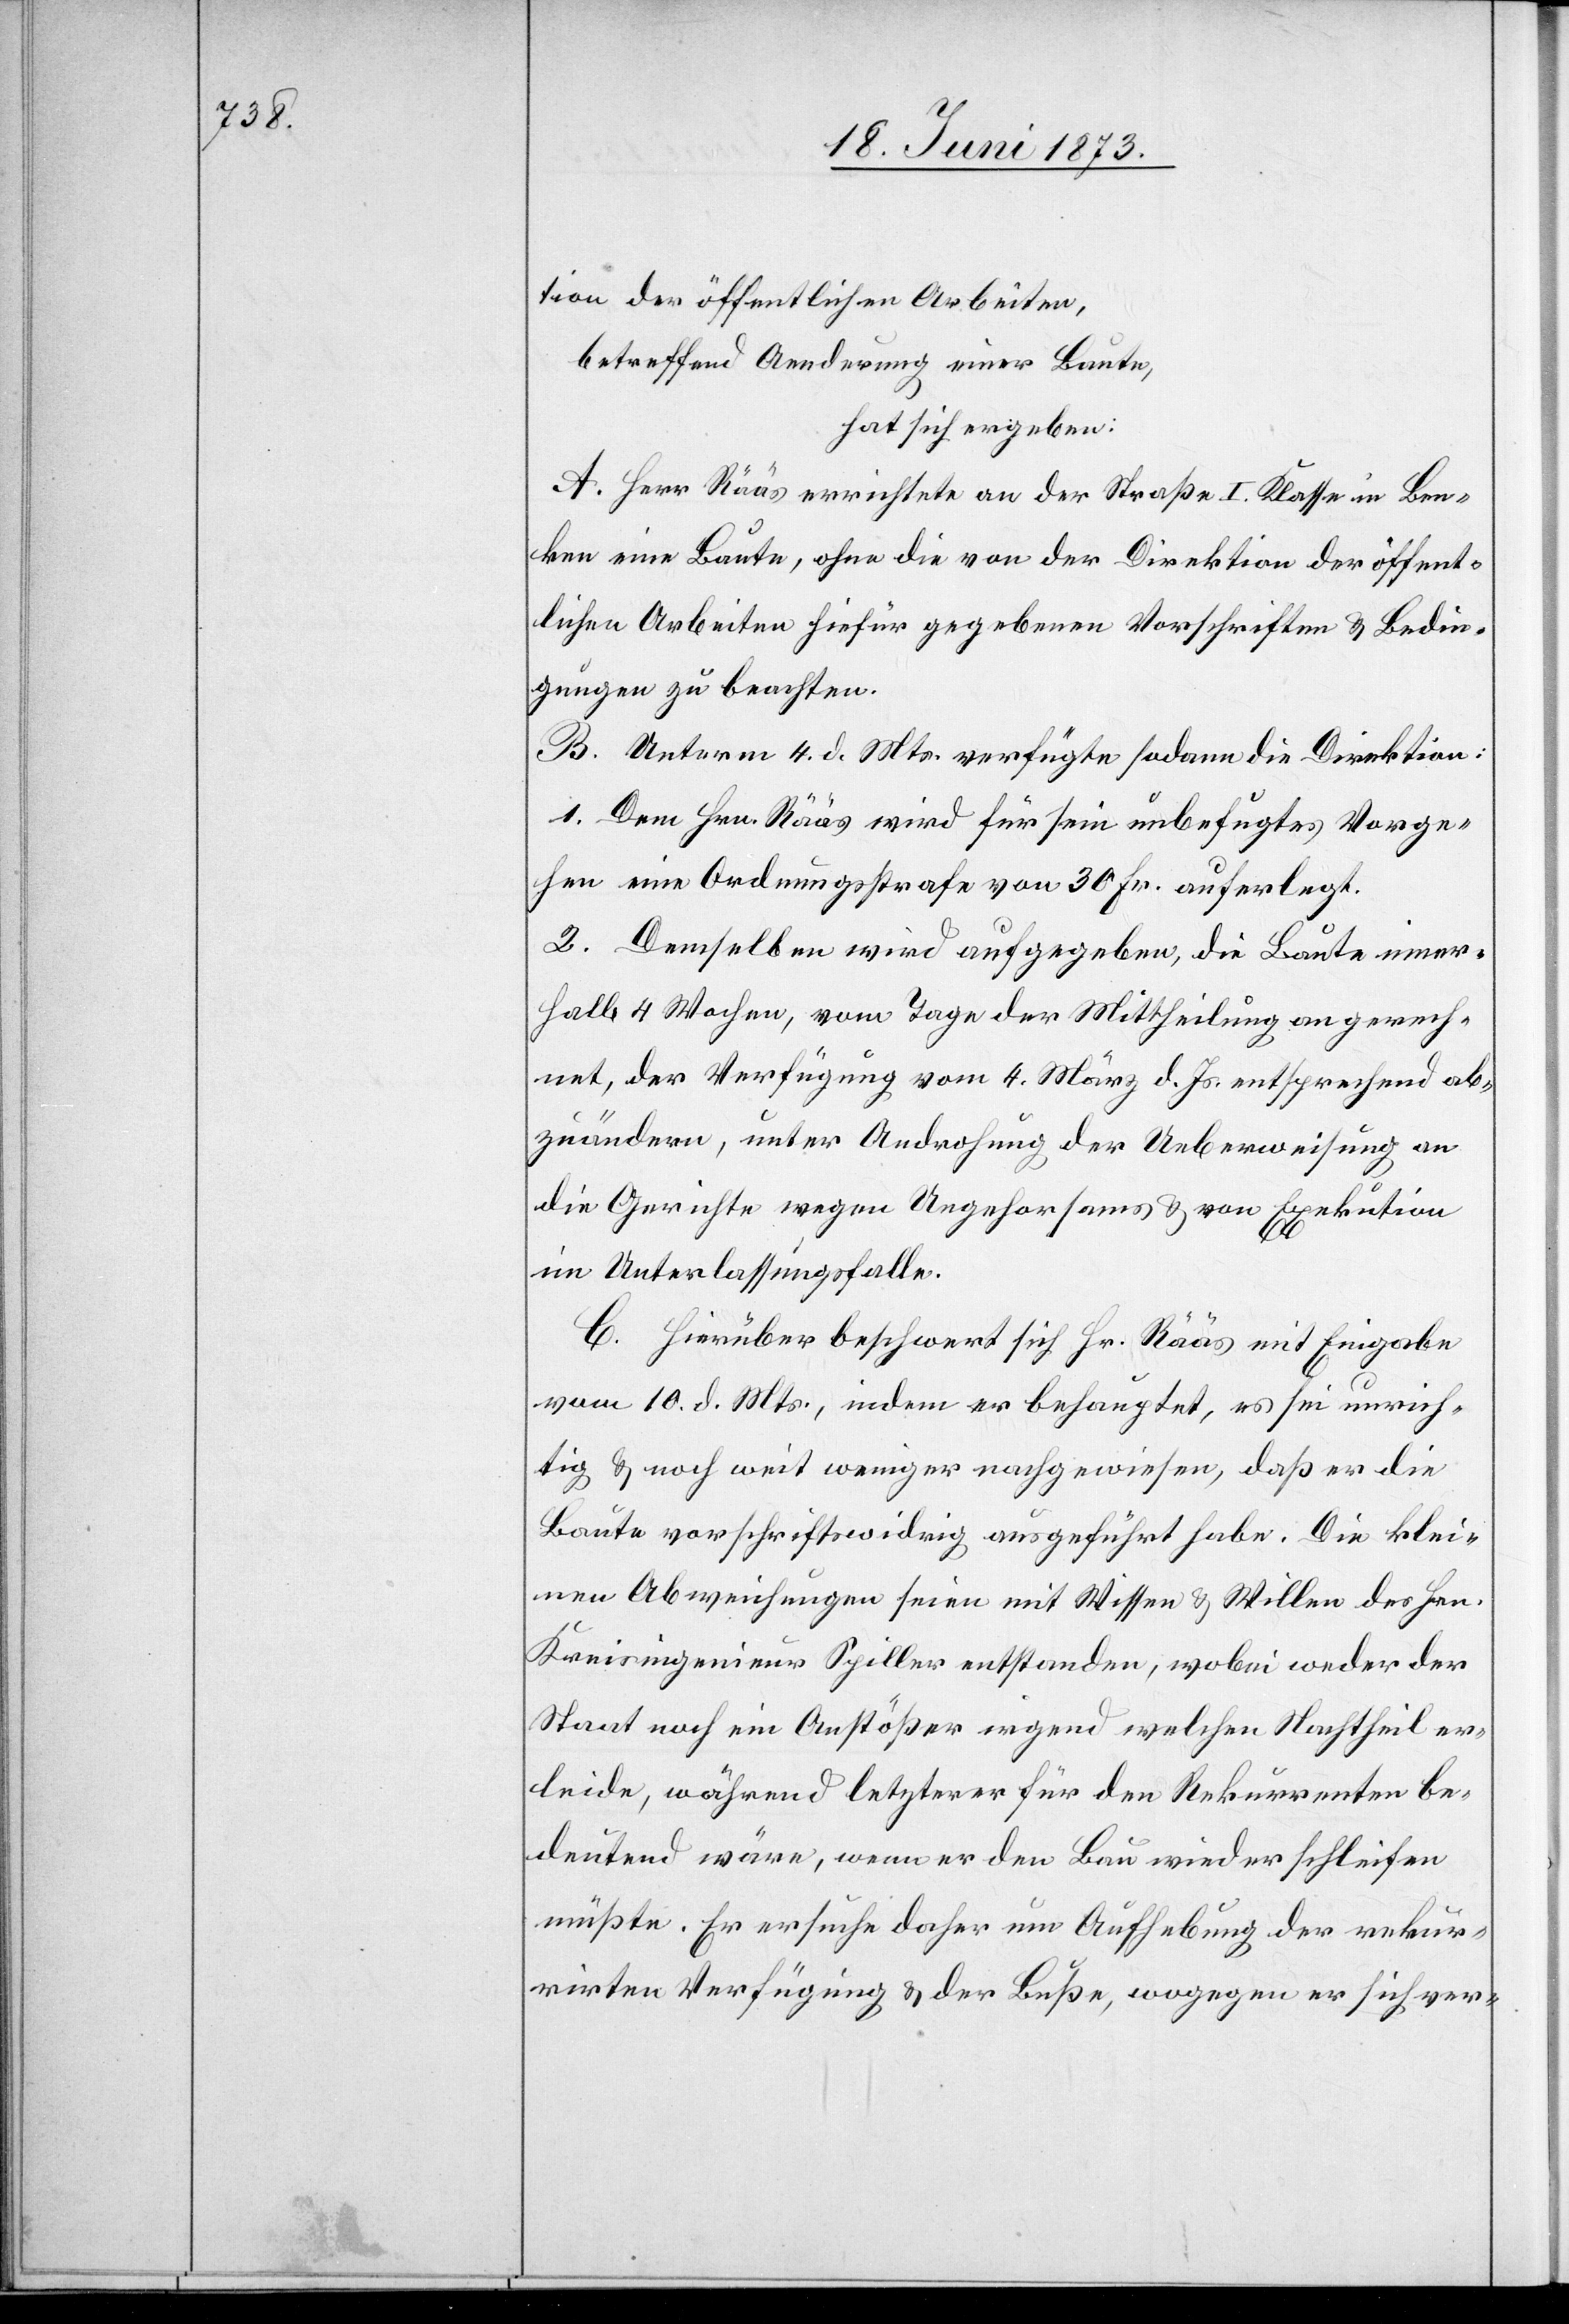
tion der öffentlichen Arbeiten,
betreffend Aenderung einer Baute,
hat sich ergeben:
A. Herr Rääs errichtete an der Straße I. Klasse in Ben¬
ken eine Baute, ohne die von der Direktion der öffent¬
lichen Arbeiten hiefür gegebenen Vorschriften & Bedin¬
gungen zu beachten.
B. Unterm 4. d. Mts. verfügte sodann die Direktion:
1. Dem Hrn. Rääs wird für sein unbefugtes Vorge¬
hen eine Ordnungsstrafe von 30 Fr. auferlegt.
2. Demselben wird aufgegeben, die Baute inner¬
halb 4 Wochen, vom Tage der Mittheilung an gerech¬
net, der Verfügung vom 4. März d. Js. entsprechend ab¬
zuändern, unter Androhung der Ueberweisung an
die Gerichte wegen Ungehorsams & von Exekution
im Unterlassungsfalle.
C. Hierüber beschwert sich Hr. Rääs mit Eingabe
vom 10. d. Mts., indem er behauptet, es sei unrich¬
tig & noch weit weniger nachgewiesen, daß er die
Baute vorschriftswidrig ausgeführt habe. Die klei¬
nen Abweichungen seien mit Wissen & Willen des Hrn.
Kreisingenieur Spiller entstanden, wobei weder der
Staat noch ein Anstößer irgend welchen Nachtheil er¬
leide, während letzterer für den Rekurrenten be¬
deutend wäre, wenn er den Bau wieder schleifen
müßte. Er ersuche daher um Aufhebung der rekur¬
rirten Verfügung & der Buße, wogegen er sich ver-